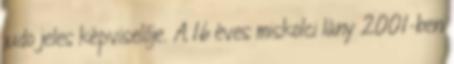
judo jeles képviselője. A 16 éves miskolci lány 2001-ben